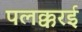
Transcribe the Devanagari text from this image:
पलक्करई